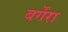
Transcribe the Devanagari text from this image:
बर्गेरा